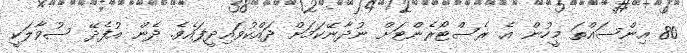
80 އިންސައްތަ މީހުން އެ ރެސްޓޯރެންޓަށް ނުދާނޭކަމަށް ދައްކުވައިދީފައެވެ. ދެން އުފެދޭ ސުވާލަކީ